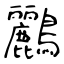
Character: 鸝